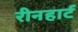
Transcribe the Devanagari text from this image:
रीनहार्ट